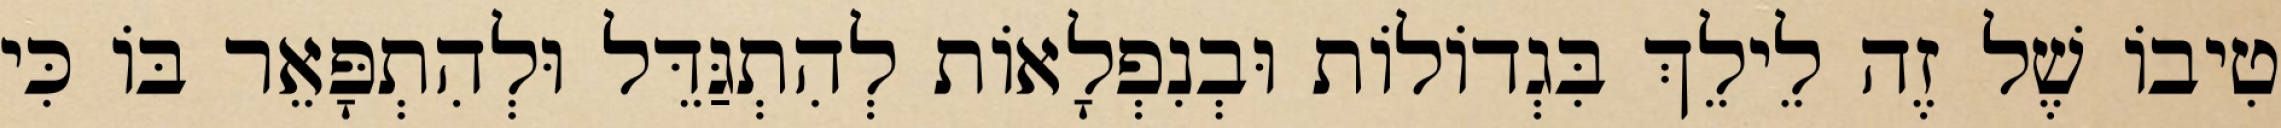
טִיבוֹ שֶׁל זֶה לֵילֵךְ בִּגְדוֹלוֹת וּבְנִפְלָאוֹת לְהִתְגַּדֵּל וּלְהִתְפָּאֵר בּוֹ כִּי